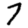
Digit: 7